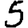
Digit: 5